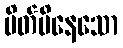
ပိတ်မိနေသော